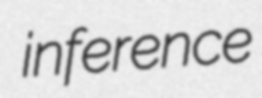
inference